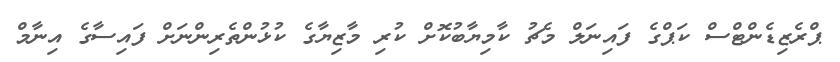
ޕްރެޒިޑެންޓްސް ކަޕްގެ ފައިނަލް މެޗު ކާމިޔާބުކޮށް ކުރި މާޒިޔާގެ ކުޅުންތެރިންނަށް ފައިސާގެ އިނާމް